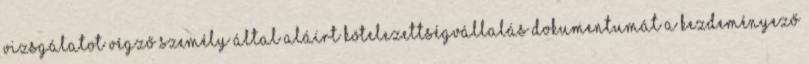
vizsgálatot végző személy által aláírt kötelezettségvállalás dokumentumát a kezdeményező